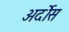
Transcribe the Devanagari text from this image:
अर्दोस